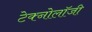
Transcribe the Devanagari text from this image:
टेक्नोलाॅजी